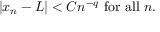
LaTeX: | x _ { n } - L | < C n ^ { - q } { \mathrm { ~ f o r ~ a l l ~ } } n .